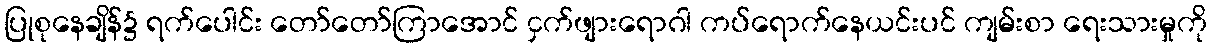
ပြုစုနေချိန်၌ ရက်ပေါင်း တော်တော်ကြာအောင် ငှက်ဖျားရောဂါ ကပ်ရောက်နေယင်းပင် ကျမ်းစာ ရေးသားမှုကို